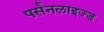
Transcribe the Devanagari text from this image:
पर्सनलाइज्ड